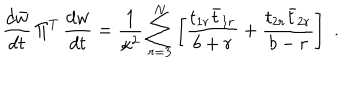
{ \frac { d \bar { w } } { d t } } \, \Pi ^ { T } \, { \frac { d w } { d t } } = { \frac { 1 } { \kappa ^ { 2 } } } \sum _ { r = 3 } ^ { N } \left[ { \frac { t _ { 1 r } \bar { t } _ { 1 r } } { b + r } } + { \frac { t _ { 2 r } \bar { t } _ { 2 r } } { b - r } } \right] \, \, .